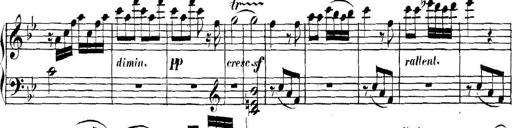
Title: Collected Piano Sonatas
Composer: Muzio Clementi